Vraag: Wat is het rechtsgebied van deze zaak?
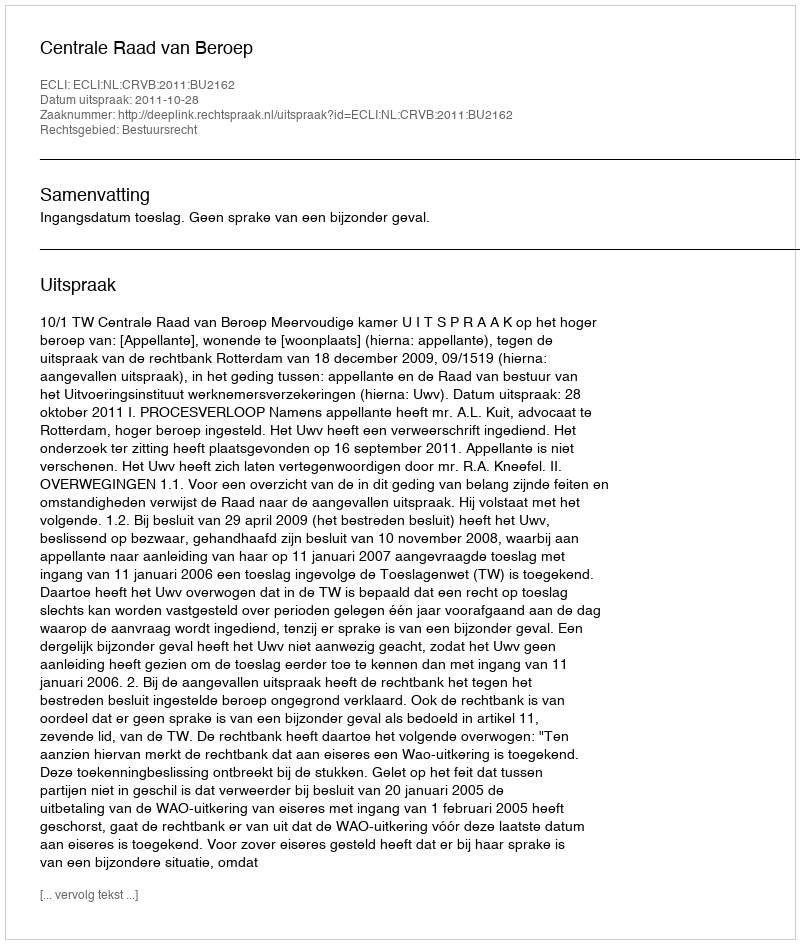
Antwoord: Bestuursrecht